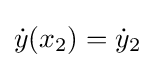
{\dot {y}}(x_{2})={\dot {y}}_{2}